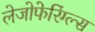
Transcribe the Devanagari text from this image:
लेजोफेरिंग्ल्स